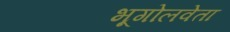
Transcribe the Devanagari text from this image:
भूगोलवेता